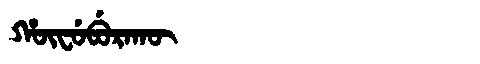
Manchu: ᡥᡡᠸᡠᠪᡠᡵᠠᡴᡡ
Romanization: HŪFUBURAKŪ